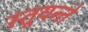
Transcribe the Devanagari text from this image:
स्तूयन्ते